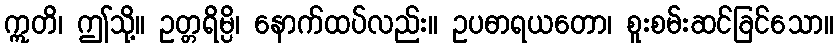
ဣတိ၊ ဤသို့။ ဥတ္တရိမ္ပိ၊ နောက်ထပ်လည်း။ ဥပဓာရယတော၊ စူးစမ်းဆင်ခြင်သော။